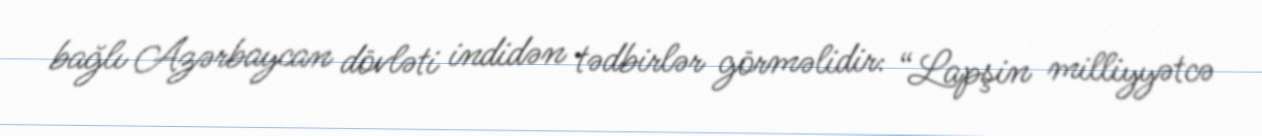
bağlı Azərbaycan dövləti indidən tədbirlər görməlidir: “Lapşin milliyyətcə